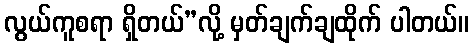
လွယ်ကူစရာ ရှိတယ်”လို့ မှတ်ချက်ချထိုက် ပါတယ်။